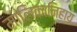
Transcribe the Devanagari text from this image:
मालिकानिहाय